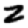
Digit: 2